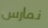
نمارس